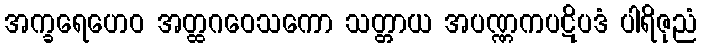
အက္ခရေဟေဝ အတ္ထဂဝေသကော သတ္တာယ အပဏ္ဏကပဋိပဒံ ပါရိဇုညံ